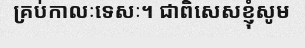
គ្រប់កាលៈទេសៈ។ ជាពិសេសខ្ញុំសូម